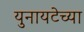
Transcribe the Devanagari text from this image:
युनायटेच्या